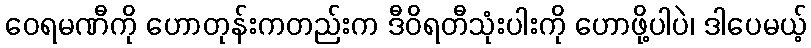
ဝေရမဏီကို ဟောတုန်းကတည်းက ဒီဝိရတီသုံးပါးကို ဟောဖို့ပါပဲ၊ ဒါပေမယ့်